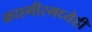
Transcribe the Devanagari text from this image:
काश्मीरमध्येही